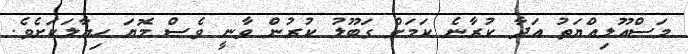
މަސްއޫލިއްޔަތު އަދާ ކުރާނެ ކަމަށް ގަބޫލު ކުރުން ވާނީ ވެސް މޮޔަ ހިޔާލަކަށެވެ.